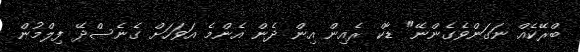
ބްރޭކެއް ނަގަންވެގެންނޭ" ޑާކް ރެއިން އިން ދެން އެންމެ އަވަހަށް ގެނެސްދޭ ފިލްމުން